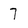
Character: 7